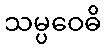
သမ္ပဝေဓိ